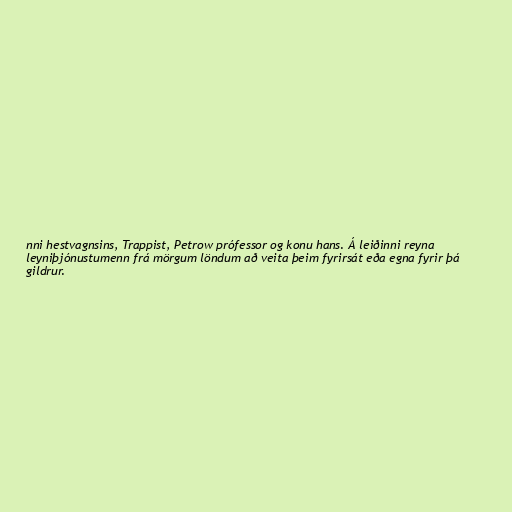
nni hestvagnsins, Trappist, Petrow prófessor og konu hans. Á leiðinni reyna
leyniþjónustumenn frá mörgum löndum að veita þeim fyrirsát eða egna fyrir þá
gildrur.